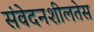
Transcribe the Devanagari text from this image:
संवेदनशीलतेस